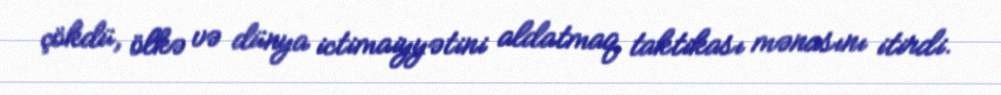
çökdü, ölkə və dünya ictimaiyyətini aldatmaq taktikası mənasını itirdi.